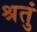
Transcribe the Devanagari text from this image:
श्रतुं